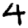
Digit: 4